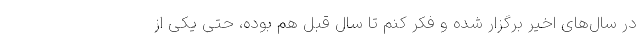
در سال‌های اخیر برگزار شده و فکر کنم تا سال قبل هم بوده، حتی یکی از